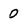
Character: 0